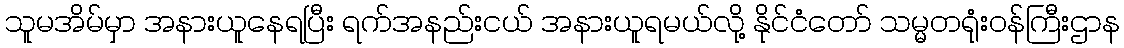
သူမအိမ်မှာ အနားယူနေရပြီး ရက်အနည်းငယ် အနားယူရမယ်လို့ နိုင်ငံတော် သမ္မတရုံးဝန်ကြီးဌာန